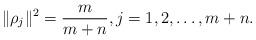
LaTeX: \begin{align*}\Vert \rho _{j}\Vert ^{2}=\frac{m}{m+n},j=1,2,\dots ,m+n\mbox{.}\end{align*}